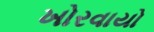
ખોરવાયો